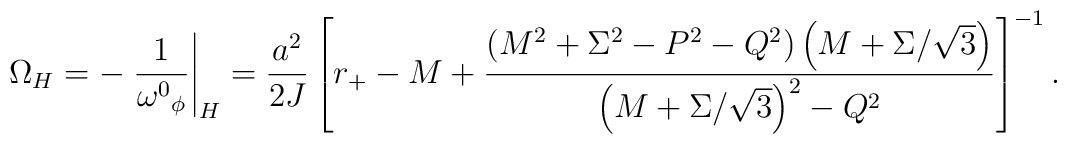
\Omega_H = -\left.{1\over{\omega^0}_\phi}\right|_H = {a^2\over 2J}\left[r_{+} -M +{\left(M^2+\Sigma^2-P^2-Q^2\right)\left(M+\Sigma/\sqrt{3}\right)\over\left(M+\Sigma/\sqrt{3}\right)^2-Q^2}\right]^{-1}.